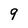
Character: 9